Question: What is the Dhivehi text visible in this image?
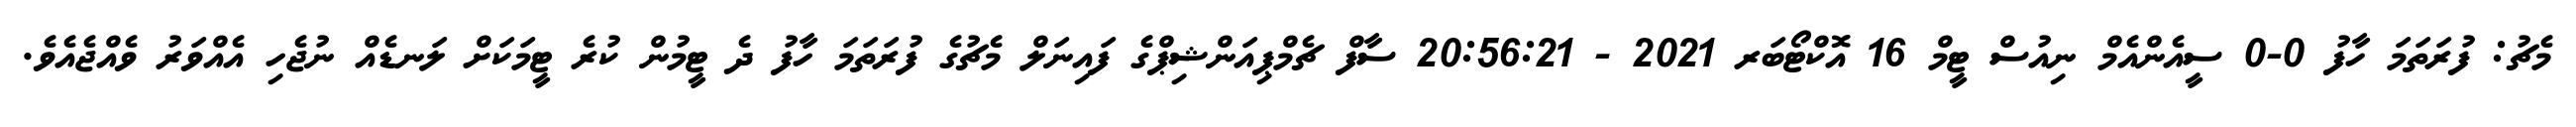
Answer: މެޗު: ފުރަތަމަ ހާފު 0-0 ސީއެންއެމް ނިއުސް ޓީމް 16 އޮކްޓޯބަރ 2021 - 20:56:21 ސާފް ޗެމްޕިއަންޝިޕްގެ ފައިނަލް މެޗުގެ ފުރަތަމަ ހާފު ދެ ޓީމުން ކުރެ ޓީމަކަށް ލަނޑެއް ނުޖެހި އެއްވަރު ވެއްޖެއެވެ.